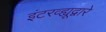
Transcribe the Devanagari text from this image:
इंटरव्ह्यूद्वारे